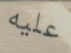
عليه